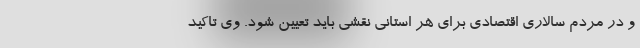
و در مردم سالاری اقتصادی برای هر استانی نقشی باید تعیین شود. وی تاکید